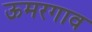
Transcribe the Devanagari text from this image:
ऊमरगाव